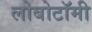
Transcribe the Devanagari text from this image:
लोबोटॉमी